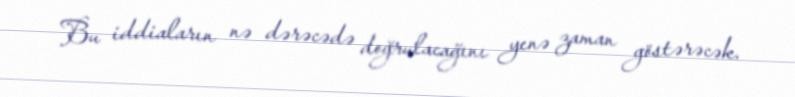
Bu iddiaların nə dərəcədə doğrulacağını yenə zaman göstərəcək.